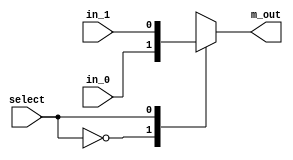
module two_one_mux(
output reg	m_out,
input	in_0, in_1, select
);

always @ (in_0, in_1, select)	// Verilog 2005 syntax

    case (select)
       1'b00:	m_out = in_0;
       1'b01:	m_out = in_1;
    endcase

endmodule